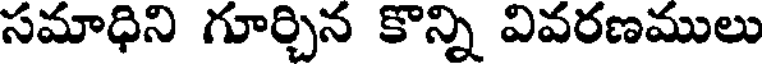
సమాధిని గూర్చిన కొన్ని వివరణములు